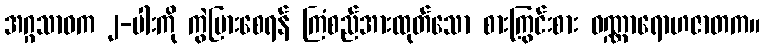
အဂ္ဂသာဝက ၂-ပါးကို ကွဲပြားစေရန် ကြံစည်အားထုတ်သော စားကြွင်းစား ဝဏ္ဏာရောဟဇာတက။